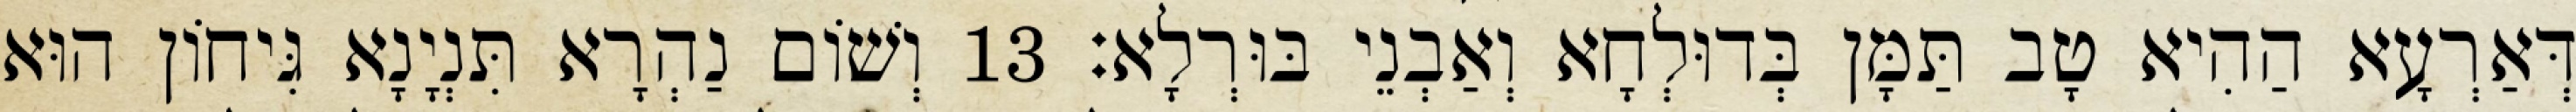
דְּאַרְעָא הַהִיא טָב תַּמָּן בְּדוּלְחָא וְאַבְנֵי בּוּרְלָא׃ 13 וְשׁוֹם נַהְרָא תִּנְיָנָא גִּיחוֹן הוּא